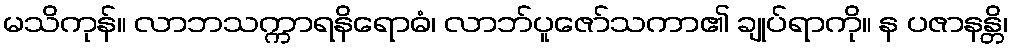
မသိကုန်။ လာဘသက္ကာရနိရောဓံ၊ လာဘ်ပူဇော်သကာ၏ ချုပ်ရာကို။ န ပဇာနန္တိ၊